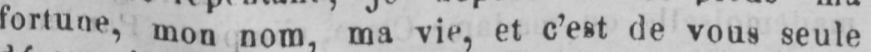
fortune, mon nom; ma vie, et c’est de vous seule